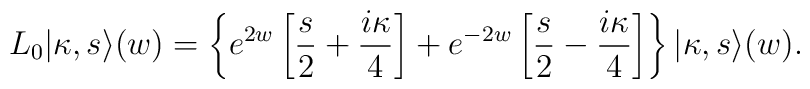
L_0|\kappa,s\rangle(w)=\left\{e^{2w}\left[\frac{s}{2}+\frac{i\kappa}{4}\right]+e^{-2w}\left[\frac{s}{2}-\frac{i\kappa}{4}\right]\right\}|\kappa,s\rangle(w).